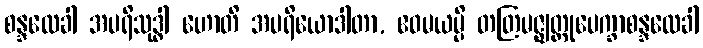
စန္ဒလေခါ အပရိသုဒ္ဓါ ဟောတိ အပရိယောဒါတာ, ဧဝမယမ္ပိ တတြမဇ္ဈတ္တုပေက္ခာစန္ဒလေခါ